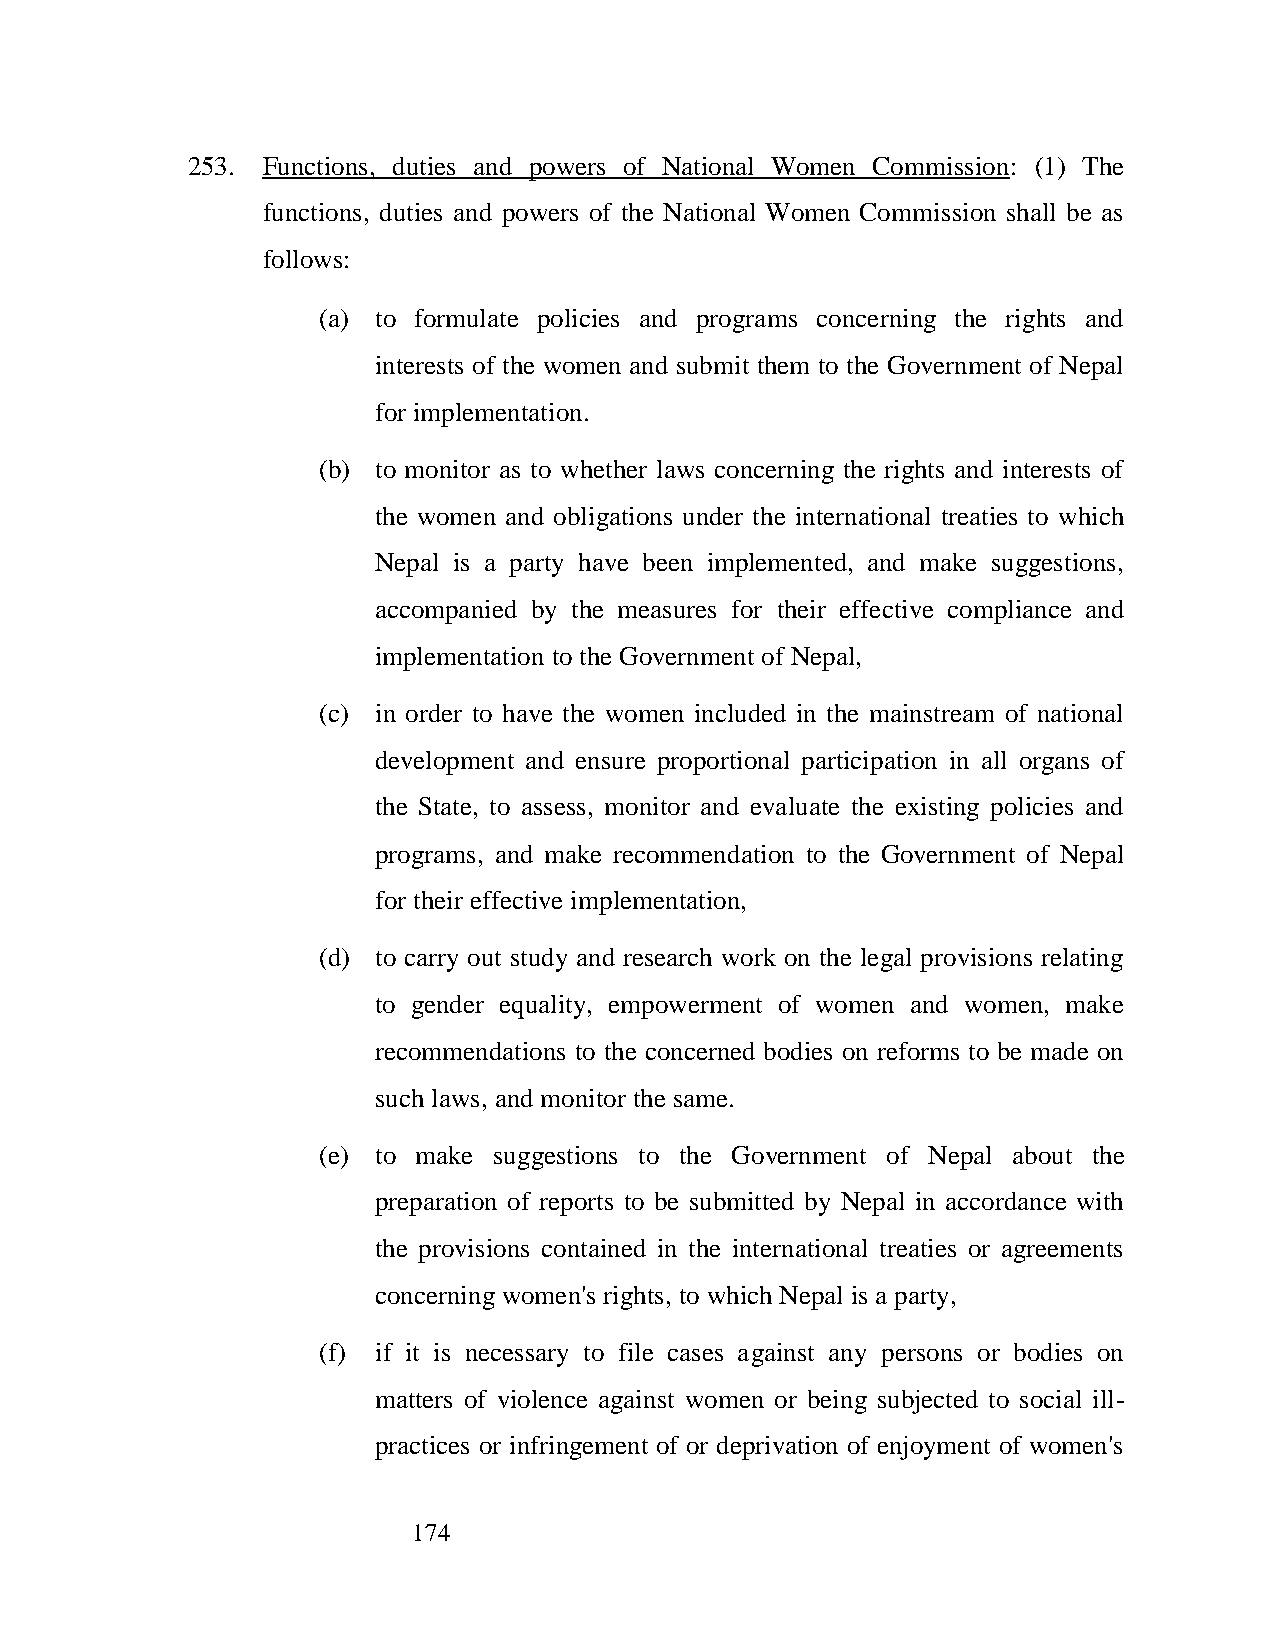
253. Functions, duties and powers of National Women Commission: (1) The
 functions, duties and powers of the National Women Commission shall be as
 follows:
 (a) to formulate policies and programs concerning the rights and
 interests of the women and submit them to the Government of Nepal
 for implementation.
 (b) to monitor as to whether laws concerning the rights and interests of
 the women and obligations under the international treaties to which
 Nepal is a party have been implemented, and make suggestions,
 accompanied by the measures for their effective compliance and
 implementation to the Government of Nepal,
 (c) in order to have the women included in the mainstream of national
 development and ensure proportional participation in all organs of
 the State, to assess, monitor and evaluate the existing policies and
 programs, and make recommendation to the Government of Nepal
 for their effective implementation,
 (d) to carry out study and research work on the legal provisions relating
 to gender equality, empowerment of women and women, make
 recommendations to the concerned bodies on reforms to be made on
 such laws, and monitor the same.
 (e) to make suggestions to the Government of Nepal about the
 preparation of reports to be submitted by Nepal in accordance with
 the provisions contained in the international treaties or agreements
 concerning women's rights, to which Nepal is a party,
 (f) if it is necessary to file cases against any persons or bodies on
 matters of violence against women or being subjected to social ill-
 practices or infringement of or deprivation of enjoyment of women's
 174